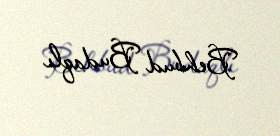
Behbud Budaqlı